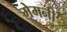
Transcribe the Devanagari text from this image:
मेमनी